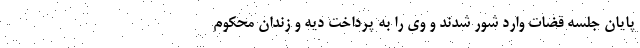
پایان جلسه قضات وارد شور شدند و وی را به پرداخت دیه و زندان محکوم